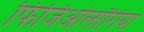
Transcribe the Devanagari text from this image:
फिजिओलॉगिया